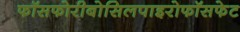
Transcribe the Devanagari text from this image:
फॉसफोरीबोसिलपाइरोफॉसफेट